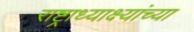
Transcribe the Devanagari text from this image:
राष्ट्राध्याक्ष्यांच्या